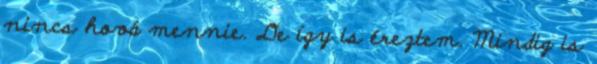
nincs hová mennie. De így is éreztem. Mindig is